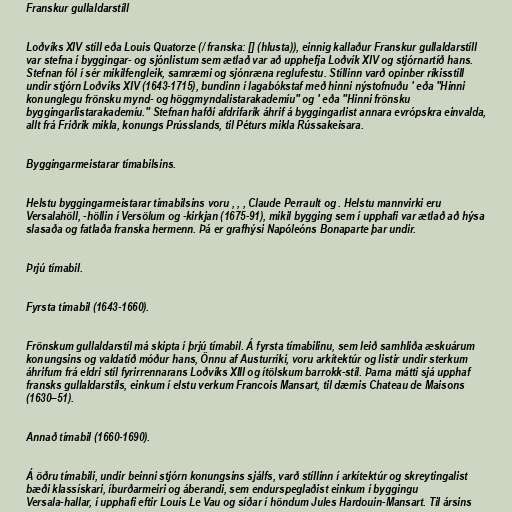
Franskur gullaldarstíll

Loðvíks XIV stíll eða Louis Quatorze (/ franska: [] (hlusta)), einnig kallaður Franskur gullaldarstíll
var stefna í byggingar- og sjónlistum sem ætlað var að upphefja Loðvík XIV og stjórnartíð hans.
Stefnan fól í sér mikilfengleik, samræmi og sjónræna reglufestu. Stíllinn varð opinber ríkisstíll
undir stjórn Loðvíks XIV (1643-1715), bundinn í lagabókstaf með hinni nýstofnuðu ' eða "Hinni
konunglegu frönsku mynd- og höggmyndalistarakademíu" og ' eða "Hinni frönsku
byggingarlistarakademíu." Stefnan hafði afdrifarík áhrif á byggingarlist annara evrópskra einvalda,
allt frá Friðrik mikla, konungs Prússlands, til Péturs mikla Rússakeisara.

Byggingarmeistarar tímabilsins.

Helstu byggingarmeistarar tímabilsins voru , , , Claude Perrault og . Helstu mannvirki eru
Versalahöll, -höllin í Versölum og -kirkjan (1675-91), mikil bygging sem í upphafi var ætlað að hýsa
slasaða og fatlaða franska hermenn. Þá er grafhýsi Napóleóns Bonaparte þar undir.

Þrjú tímabil.

Fyrsta tímabil (1643-1660).

Frönskum gullaldarstíl má skipta í þrjú tímabil. Á fyrsta tímabilinu, sem leið samhliða æskuárum
konungsins og valdatíð móður hans, Önnu af Austurríki, voru arkítektúr og listir undir sterkum
áhrifum frá eldri stíl fyrirrennarans Loðvíks XIII og ítölskum barrokk-stíl. Þarna mátti sjá upphaf
fransks gullaldarstíls, einkum í elstu verkum Francois Mansart, til dæmis Chateau de Maisons
(1630–51).

Annað tímabil (1660-1690).

Á öðru tímabili, undir beinni stjórn konungsins sjálfs, varð stíllinn í arkítektúr og skreytingalist
bæði klassískari, íburðarmeiri og áberandi, sem endurspeglaðist einkum í byggingu
Versala-hallar, í upphafi eftir Louis Le Vau og síðar í höndum Jules Hardouin-Mansart. Til ársins